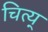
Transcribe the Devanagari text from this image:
चित्य्